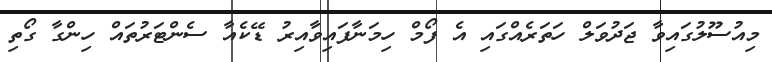
މިއުސޫލުގައިވާ ޖަދުވަލް ހަތަރެއްގައި އެ ފޯމް ހިމަނާފައިވާއިރު ޑޭކެއާ ސެންޓަރުތައް ހިންގާ ގޯތި